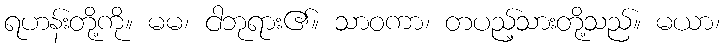
ရဟန်းတို့ကို။ မမ၊ ငါဘုရား၏။ သာဝကာ၊ တပည့်သားတို့သည်။ မယာ၊